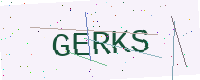
Text: GERKS